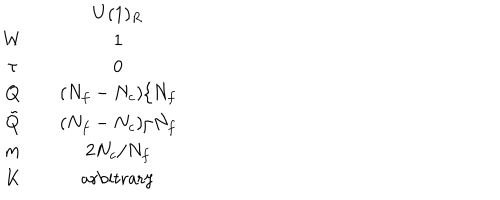
\begin{array} { c c c } { { } } & { { } } & { { U ( 1 ) _ { R } } } \\ { { W } } & { { } } & { { 1 } } \\ { { \tau } } & { { } } & { { 0 } } \\ { { Q } } & { { } } & { { ( N _ { f } - N _ { c } ) / N _ { f } } } \\ { { \tilde { Q } } } & { { } } & { { ( N _ { f } - N _ { c } ) / N _ { f } } } \\ { { m } } & { { } } & { { 2 N _ { c } / N _ { f } } } \\ { { K } } & { { } } & { { \mathrm { a r b i t r a r y } } } \\ \end{array}